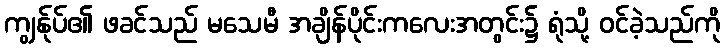
ကျွန်ုပ်၏ ဖခင်သည် မသေမီ အချိန်ပိုင်းကလေးအတွင်း၌ ရုံသို့ ဝင်ခဲ့သည်ကို